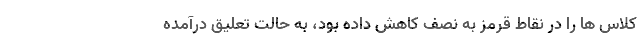
کلاس ها را در نقاط قرمز به نصف کاهش داده بود، به حالت تعلیق درآمده